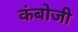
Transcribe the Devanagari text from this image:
कंबोजी